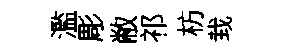
濫彫敝祁枋㘽